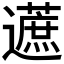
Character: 𬩦